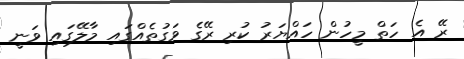
ރޭ އެ ހަތް މީހުން ހައްޔަރު ކުރި ރޭގެ ވަގުތެއްގައި މާލޭގައި ވަނީ